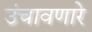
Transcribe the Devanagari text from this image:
उंचावणारे